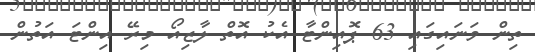
ތިން ވަނައިގައި 63 ޕޮއިންޓާ އެކު އޮތް ލާޒިއޯ މިރޭ އިންޓަ އަތުން